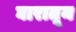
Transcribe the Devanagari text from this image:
घारातून